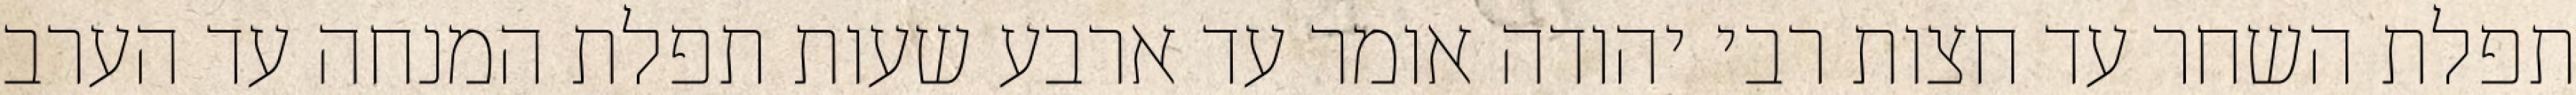
תפלת השחר עד חצות רבי יהודה אומר עד ארבע שעות תפלת המנחה עד הערב